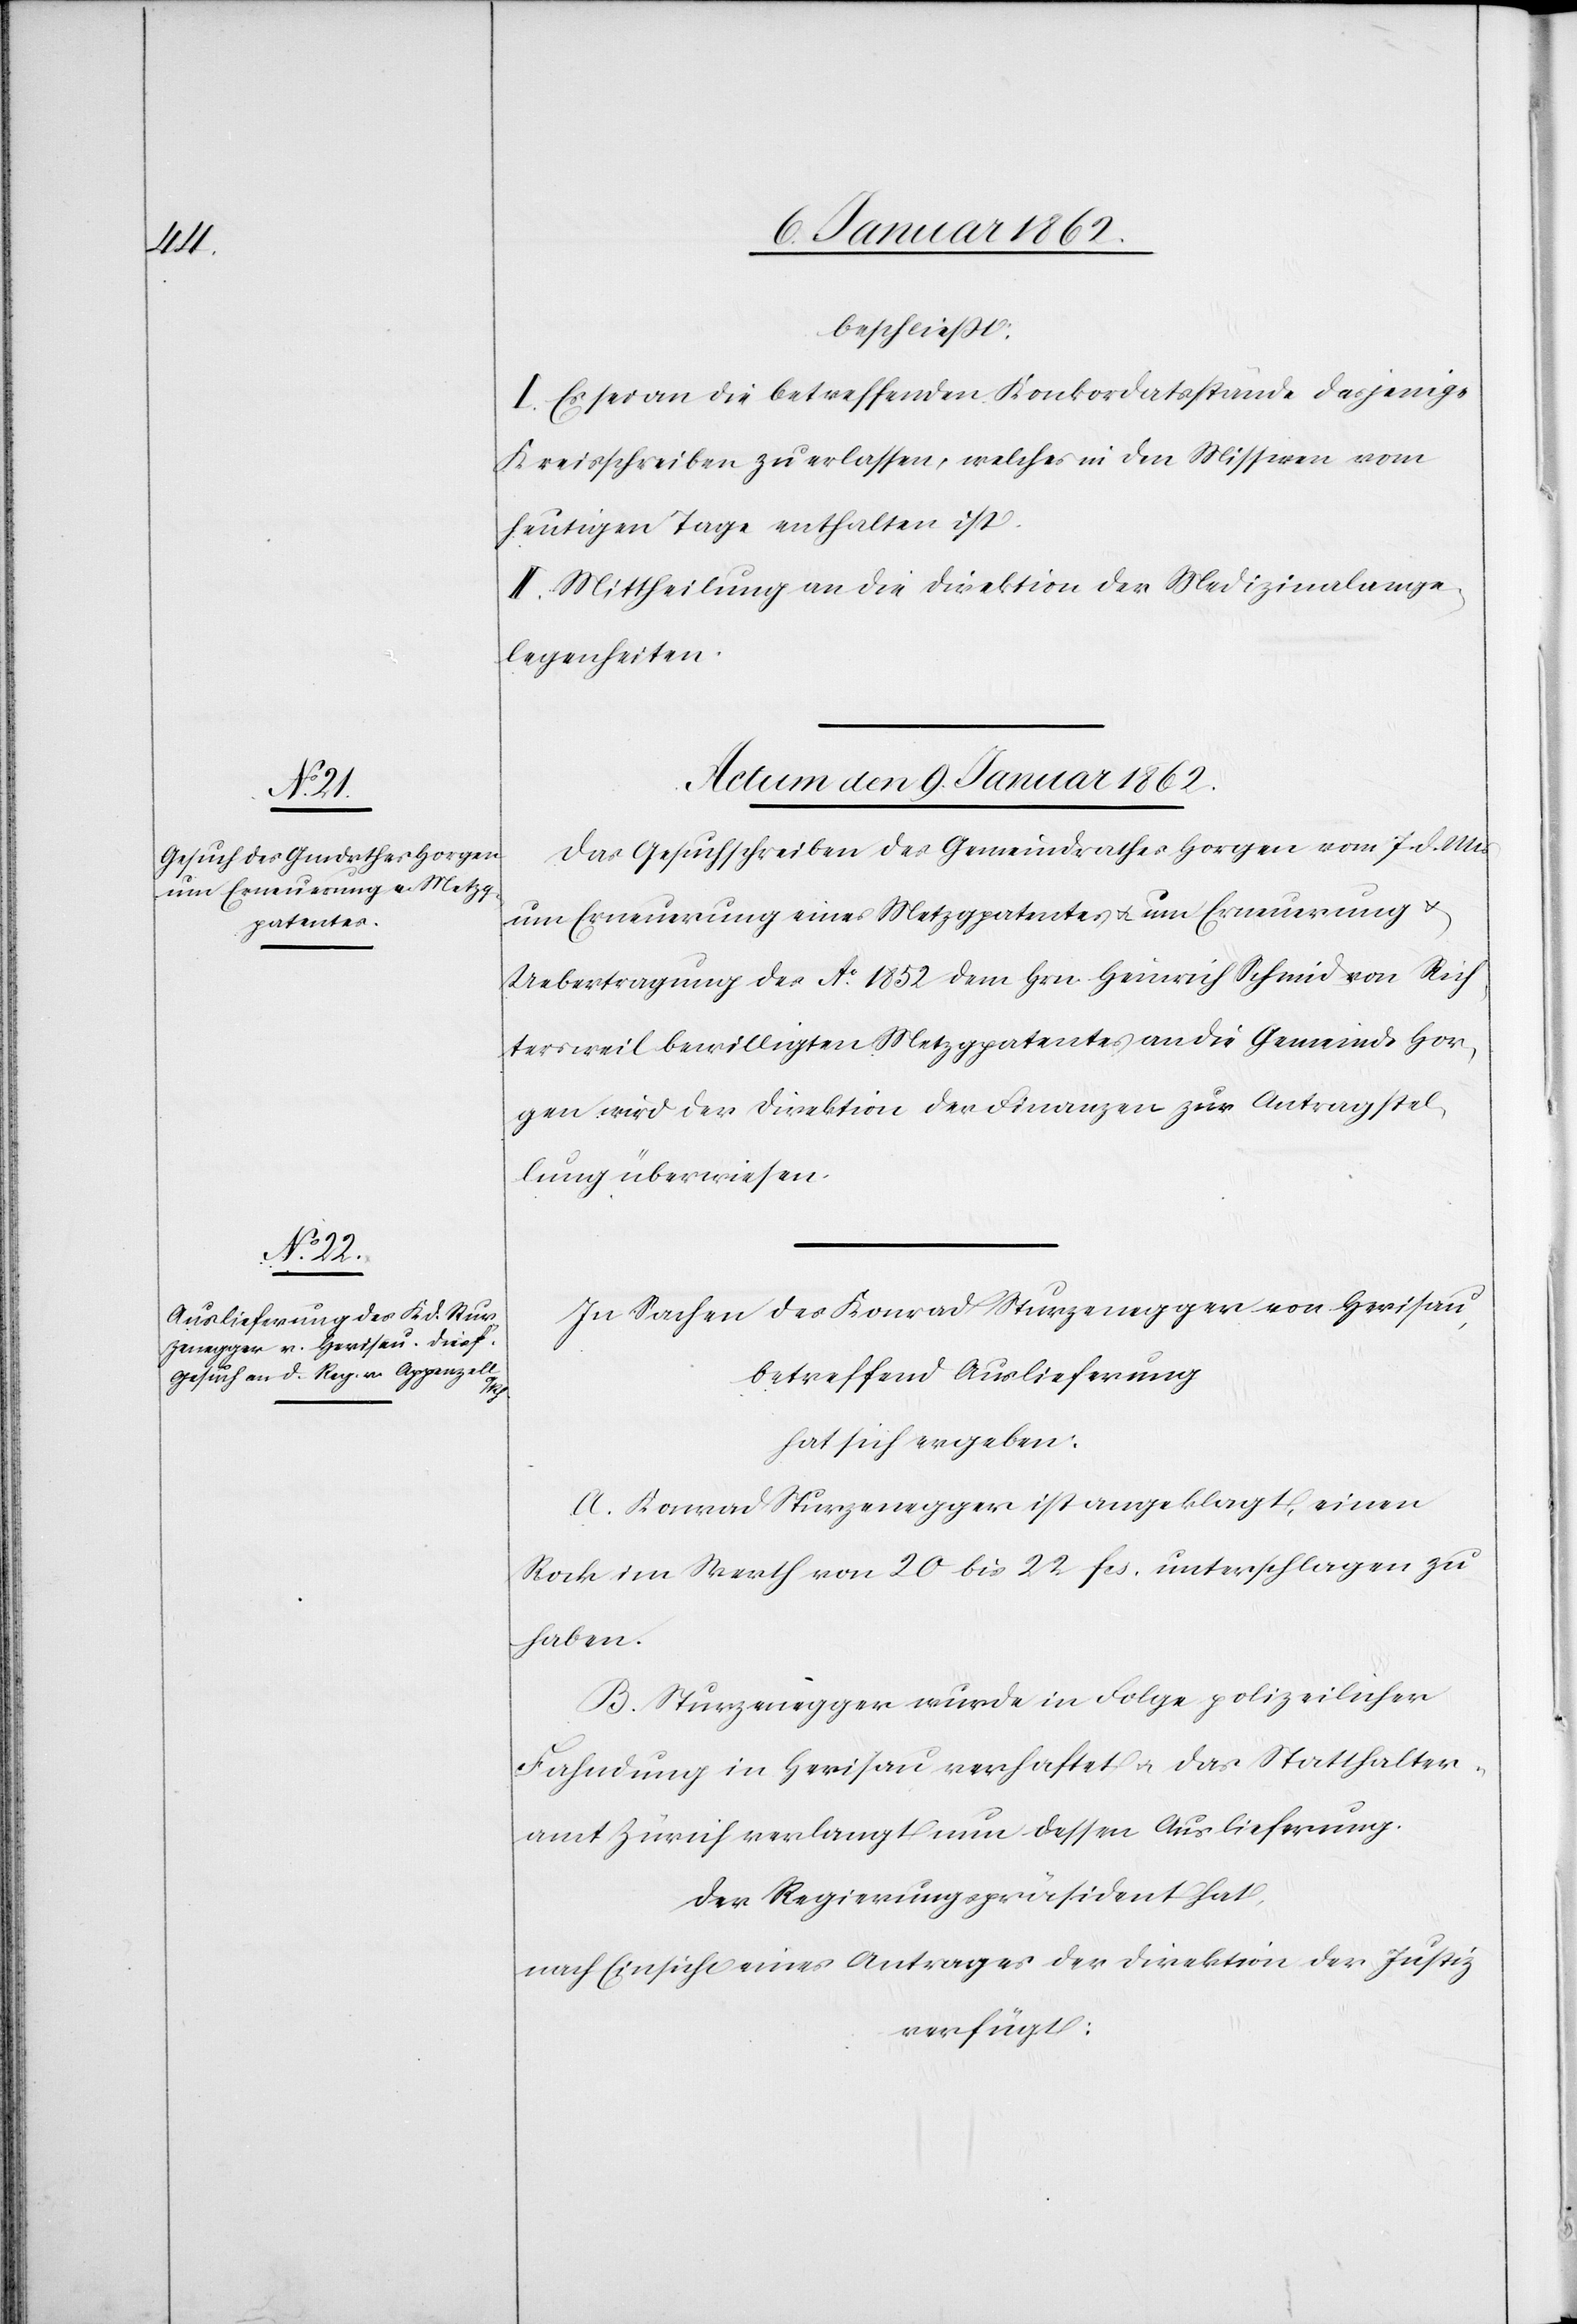
um Erneuerung eines Metz¬
gpatentes u.

beschließt.
I. Es sei an die betreffenden Konkordatsstände dasjenige
Kreisschreiben zu erlassen, welches in den Missiven vom
heutigen Tage enthalten ist.
II. Mittheilung an die Direktion der Medizinalange¬
legenheiten.
Actum den 9. Januar 1862.]
Das Gesuchschreiben des Gemeindrathes Horgen vom 7. d. Mts
Uebertragung des Ao. 1852 dem Hrn Heinrich Schmid von Rich¬
tersweil bewilligten Metzgpatentes an die Gemeinde Hor¬
gen wird der Direktion der Finanzen zur Antragstel¬
lung überwiesen.
In Sachen des Konrad Sturzenegger von Herisau,
betreffend Auslieferung
hat sich ergeben:
A. Konrad Sturzenegger ist angeklagt, einen
Rock im Werth von 20 bis 22 fcs. unterschlagen zu
haben.
B. Sturzengger wurde in Folge polizeilicher
Fahndung in Herisau verhaftet u. das Statthalter¬
amt Zürich verlangt nun dessen Auslieferung.
Der Regierungspräsident hat,
nach Einsicht eines Antrages der Direktion der Justiz
verfügt: